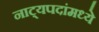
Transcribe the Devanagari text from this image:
नाट्यपदांमध्ये